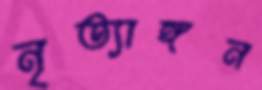
নৃত্যাঙ্গন